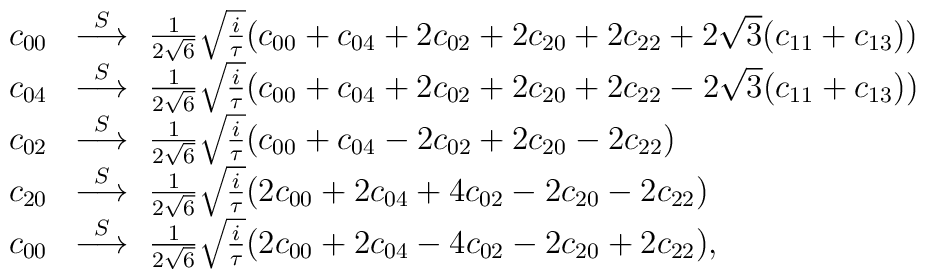
\begin{array}{rl}    c_{00} &\stackrel{S}{\longrightarrow} ~{1\over    2\sqrt{6}}\sqrt{i\over\tau}\big( c_{00} +c_{04} +2 c_{02} +    2c_{20} +2c_{22} + 2\sqrt{3}(c_{11} +c_{13}) \big) \\    c_{04} &\stackrel{S}{\longrightarrow} ~{1\over    2\sqrt{6}}\sqrt{i\over\tau}\big( c_{00} +c_{04} +2 c_{02} +    2c_{20} +2c_{22} - 2\sqrt{3}(c_{11} +c_{13}) \big) \\    c_{02} &\stackrel{S}{\longrightarrow} ~{1\over    2\sqrt{6}}\sqrt{i\over\tau}\big( c_{00} +c_{04} -2 c_{02} +    2c_{20} -2c_{22} \big) \\    c_{20} &\stackrel{S}{\longrightarrow} ~{1\over    2\sqrt{6}}\sqrt{i\over\tau}\big( 2c_{00} +2c_{04} +4c_{02} -    2c_{20} -2c_{22} \big) \\    c_{00} &\stackrel{S}{\longrightarrow} ~{1\over    2\sqrt{6}}\sqrt{i\over\tau}\big( 2c_{00} +2c_{04} -4c_{02} -    2c_{20} +2c_{22} \big),  \end{array}